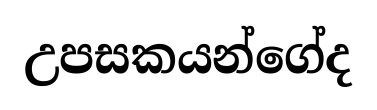
උපසකයන්ගේද